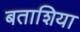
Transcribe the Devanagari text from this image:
बताशिया